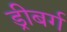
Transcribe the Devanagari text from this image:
ड्रीबर्ग